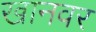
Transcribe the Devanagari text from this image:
खानवर